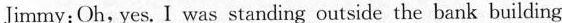
Jimmy: Oh, yes. I was standing outside the bank building